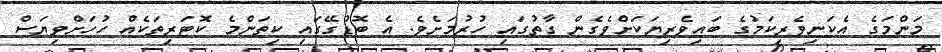
މަންމަގެ އެކަނިވެރިކަމުގެ ބައިވެރިޔަކަށްވެގެން ގާތުގައި ހުރުމަށެވެ. އެ ބޮޑުގޭގައި ކިތަންމެ ކޮޓަރިތަކެއް ހުހަށްވިޔަސް